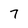
Character: 7